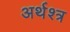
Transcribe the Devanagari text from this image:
अर्थश्त्र